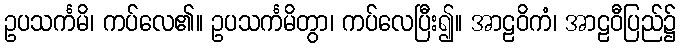
ဥပသင်္ကမိ၊ ကပ်လေ၏။ ဥပသင်္ကမိတွာ၊ ကပ်လေပြီး၍။ အာဠဝိကံ၊ အာဠဝီပြည်၌